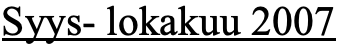
Syys- lokakuu 2007